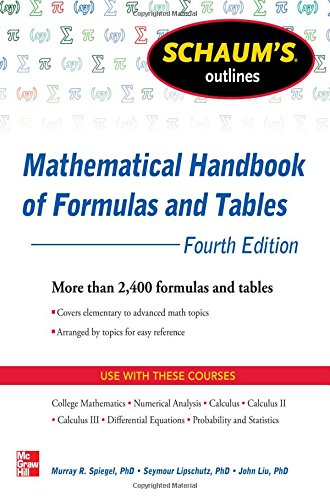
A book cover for Schaum's Outline of Mathematical Handbook of Formulas and Tables, 4th Edition: 2,400 Formulas + Tables (Schaum's Outlines); Seymour Lipschutz; Test Preparation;